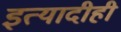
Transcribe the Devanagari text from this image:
इत्यादीही